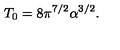
T _ { 0 } = 8 \pi ^ { 7 / 2 } \alpha ^ { 3 / 2 } .